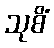
သုစိံ